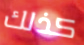
كذلك